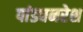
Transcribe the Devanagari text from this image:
पांड्यनरेश